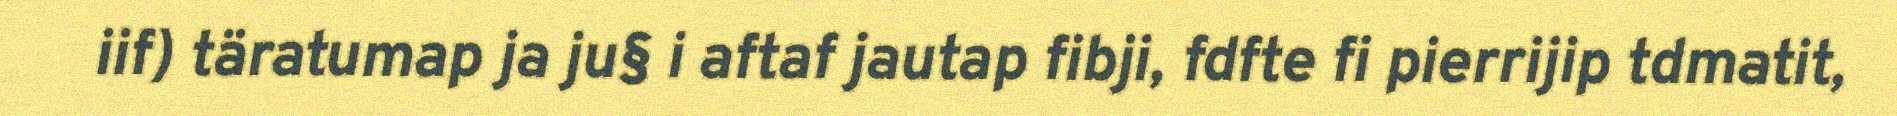
iif) täratumap ja ju§ i aftaf jautap fibji, fdfte fi pierrijip tdmatit,